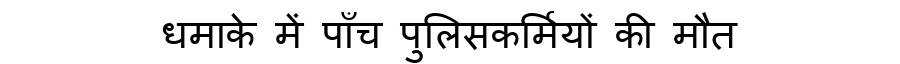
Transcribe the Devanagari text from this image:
धमाके में पाँच पुलिसकर्मियों की मौत